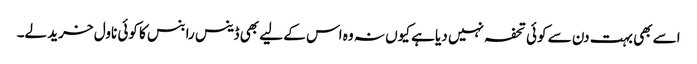
اسے بھی بہت دن سے کوئی تحفہ نہیں دیا ہے کیوں نہ وہ اس کے لیے بھی ڈینس رابنس کا کوئی ناول خرید لے۔